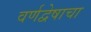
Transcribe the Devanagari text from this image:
वर्णद्वेषाचा